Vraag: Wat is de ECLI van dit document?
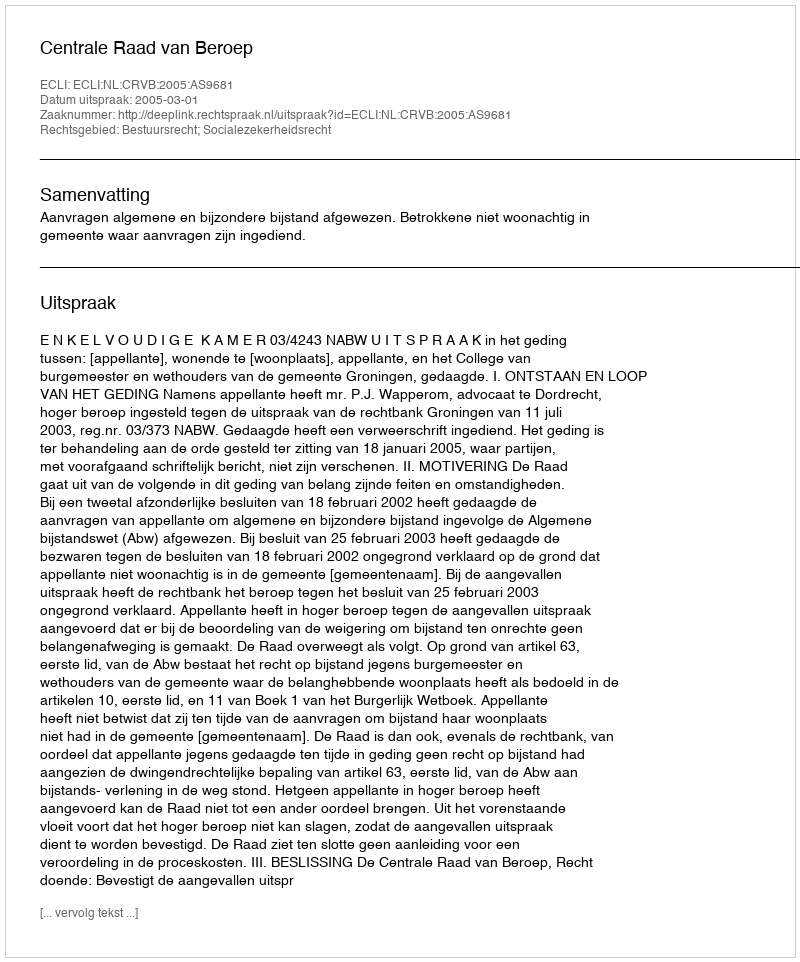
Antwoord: ECLI:NL:CRVB:2005:AS9681